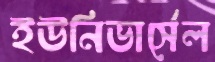
ইউনিভার্সেল